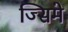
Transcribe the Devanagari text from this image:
ज्सिमे